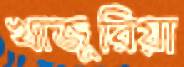
খাজুরিয়া